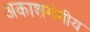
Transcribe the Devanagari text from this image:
अकाशगंगीय